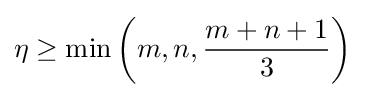
\eta \geq \min \left(m,n,{\frac {m+n+1}{3}}\right)